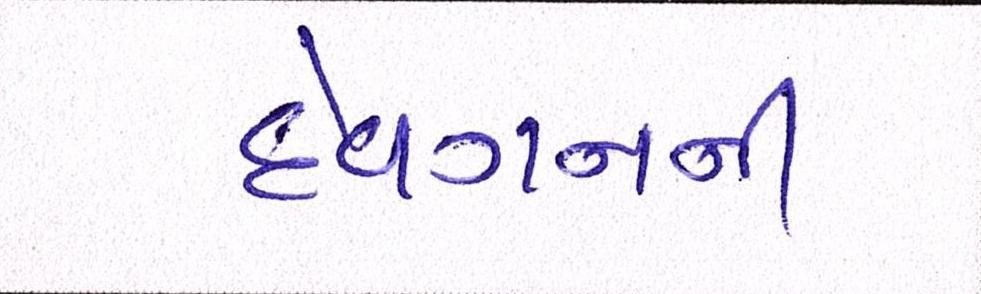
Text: દેવગનની